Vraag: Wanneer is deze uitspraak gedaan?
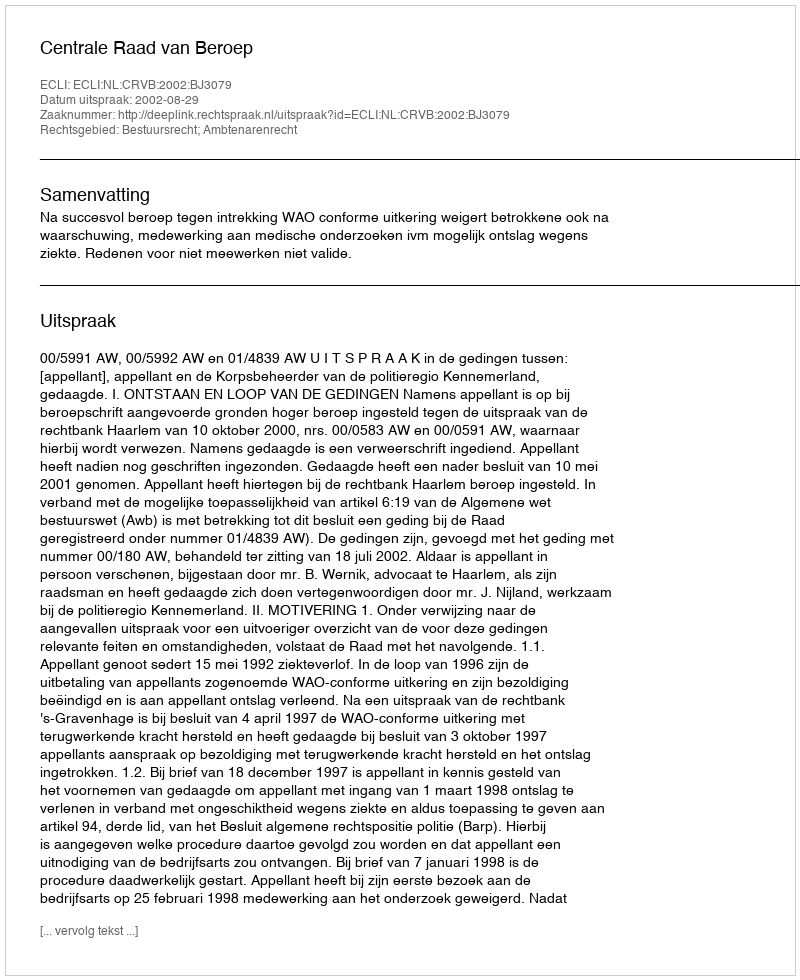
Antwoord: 2002-08-29